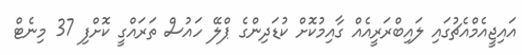
އައިޖީއެމްއެޗުގައި ލައިބްރަރީއެއް ގާއިމުކޮށް ކުޑަދިންގެ ޕްލޭ ހައުސް ތަރައްގީ ކޮށްފި 37 މިނެޓް